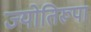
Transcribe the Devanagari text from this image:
ज्योतिरूपा